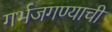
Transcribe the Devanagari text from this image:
गर्भजगण्याची